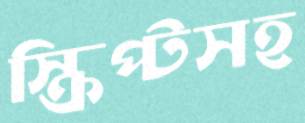
স্ক্রিপ্টসহ